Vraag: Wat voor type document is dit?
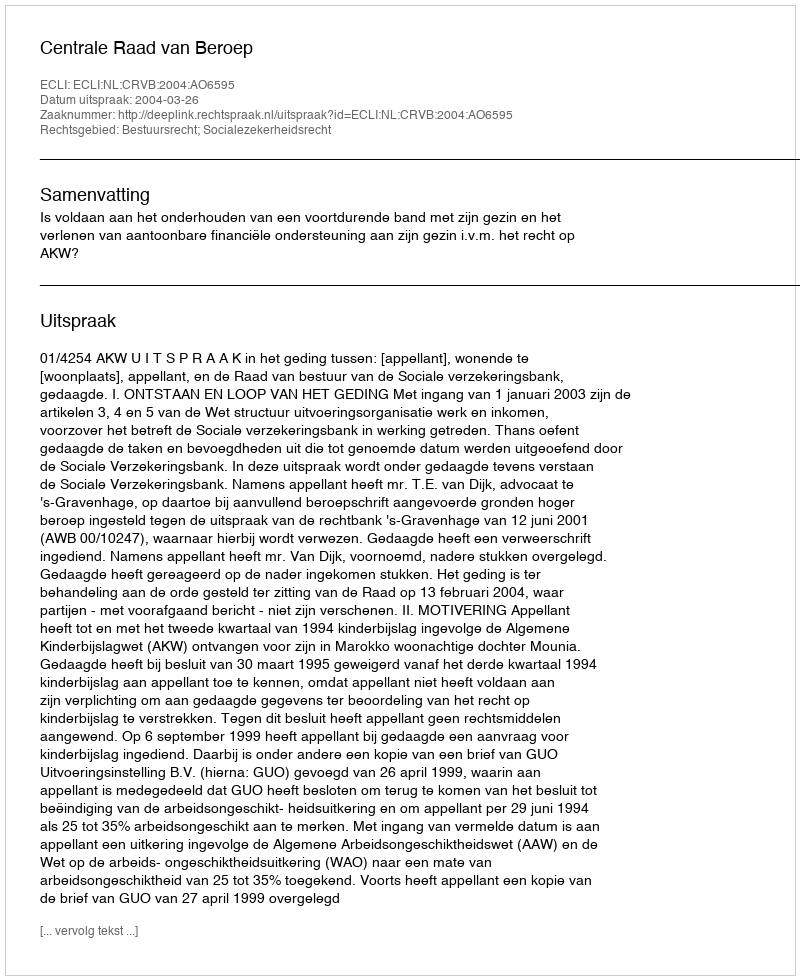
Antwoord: Uitspraak